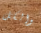
والكل